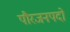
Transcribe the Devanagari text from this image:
पौरजनपदों